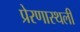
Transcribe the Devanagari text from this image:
प्रेरणास्थली